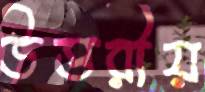
উত্তরীয়